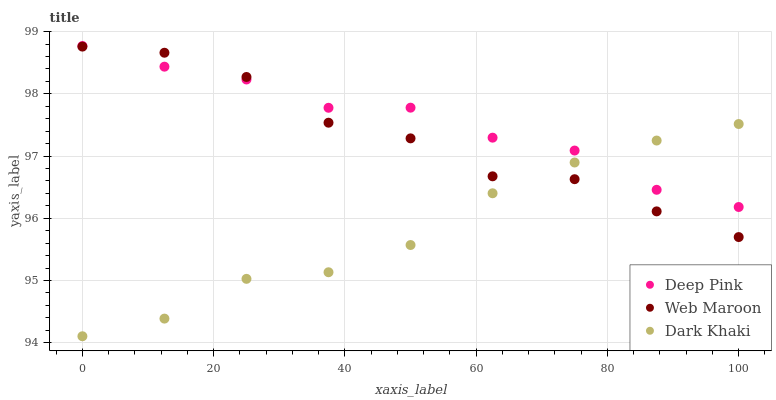
| xaxis_label | Deep Pink | Web Maroon | Dark Khaki |
 | --- | --- | --- | --- |
 | 0 | 98.8 | 98.8 | 94.1 |
 | 12.5 | 98.4 | 98.7 | 94.4 |
 | 25 | 98.2 | 98.3 | 95 |
 | 37.5 | 97.8 | 97.5 | 95.1 |
 | 50 | 97.8 | 97.3 | 95.6 |
 | 62.5 | 97.3 | 96.7 | 96.4 |
 | 75 | 97.1 | 96.6 | 96.9 |
 | 87.5 | 96.5 | 96.1 | 97.2 |
 | 100 | 96.2 | 95.7 | 97.5 |